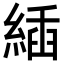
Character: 𦂉